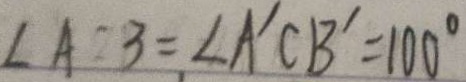
\angle A : B = \angle A ^ { \prime } C B ^ { \prime } = 1 0 0 ^ { \circ }